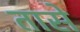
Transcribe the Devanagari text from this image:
तासे